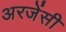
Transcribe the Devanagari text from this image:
अरजेंसी